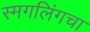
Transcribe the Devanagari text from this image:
स्मगलिंगचा